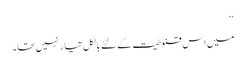
‘‘
میں اس قنوطیت کے لئے بالکل تیار نہیں تھا۔